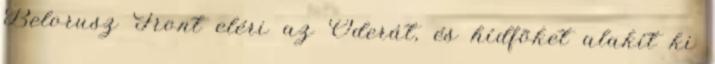
Belorusz Front eléri az Oderát, és hídfõket alakít ki